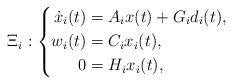
LaTeX: \begin{align*}\Xi_i:\left\lbrace\begin{aligned}\dot x_i(t) &= A_ix(t) + G_id_i(t),\\w_i(t) &= C_ix_i(t),\\0 &= H_ix_i(t),\end{aligned}\right.\end{align*}